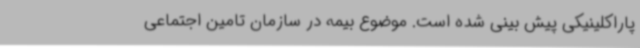
پاراکلینیکی پیش بینی شده است. موضوع بیمه در سازمان تامین اجتماعی